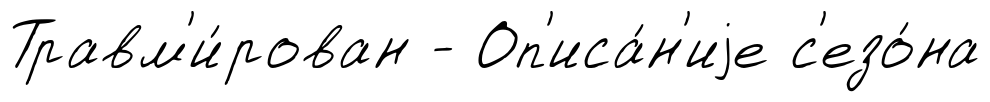
Травм'и́рован - Оп'иса́н'иjе с'езо́на